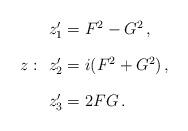
LaTeX: \begin{align*}z:\begin{array}{l}z_1'=F^2-G^2\,,\\[4mm]z_2'=i(F^2+G^2)\,,\\[4mm]z_3'=2FG\,.\end{array}\end{align*}